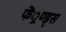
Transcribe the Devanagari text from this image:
फें्रण्ड्स